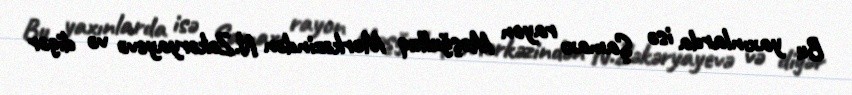
Bu yaxınlarda isə Şamaxı rayon Məşğulluq Mərkəzindən N.Zəkəryayevə və digər